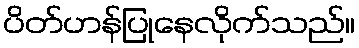
ပိတ်ဟန်ပြုနေလိုက်သည်။